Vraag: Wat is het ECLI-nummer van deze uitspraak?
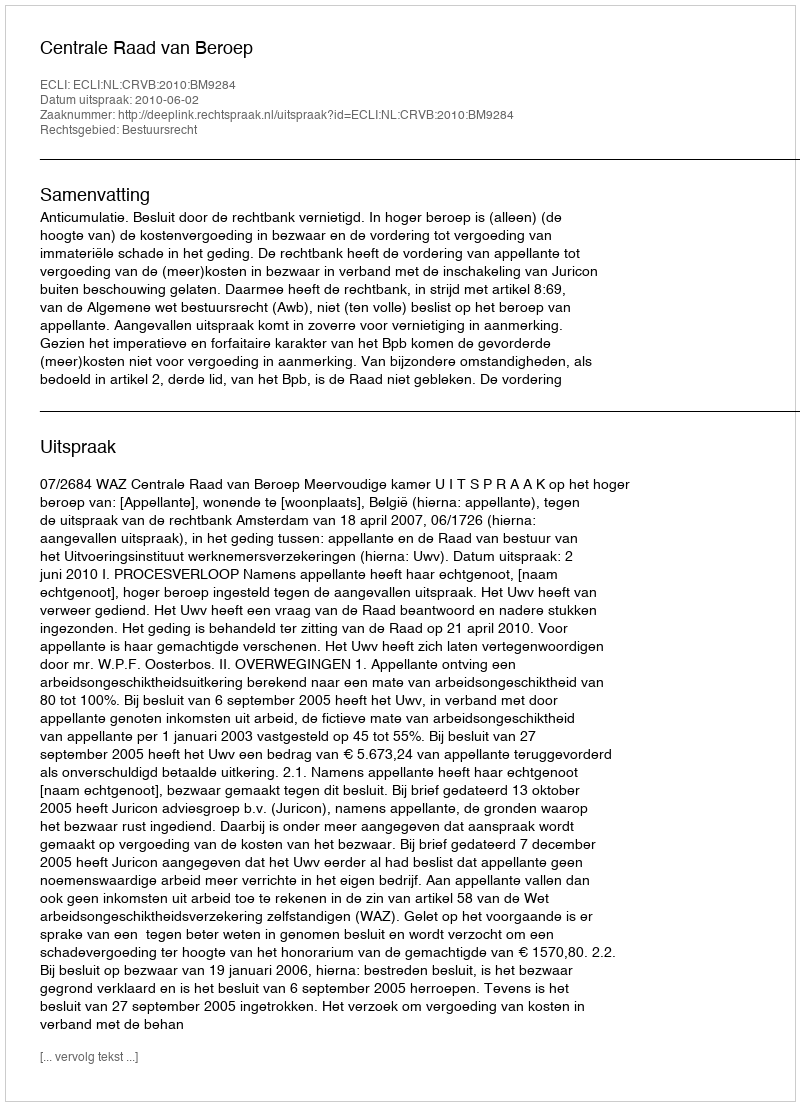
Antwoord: ECLI:NL:CRVB:2010:BM9284